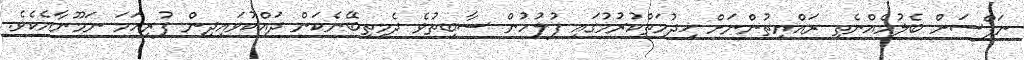
ނަފްސަށް ބެލުމެއްނެތި ރައްޔިތުންނަށް ޚިދުމަތްކުރުމުގައި ފުލުހުން ސާބިތުވެ ދެމިތިބޭނެކަން ދައްކުވައިދިން ފުރިހަމަ ނަމޫނާއެކެވެ.